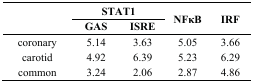
<table><thead><tr><td rowspan="2"></td><td colspan="2"><b>STAT1</b></td><td rowspan="2"><b>NFκB</b></td><td rowspan="2"><b>IRF</b></td></tr><tr><td><b>GAS</b></td><td><b>ISRE</b></td></tr></thead><tbody><tr><td>coronary</td><td>5.14</td><td>3.63</td><td>5.05</td><td>3.66</td></tr><tr><td>carotid</td><td>4.92</td><td>6.39</td><td>5.23</td><td>6.29</td></tr><tr><td>common</td><td>3.24</td><td>2.06</td><td>2.87</td><td>4.86</td></tr></tbody></table>